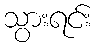
သွားရင်း